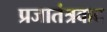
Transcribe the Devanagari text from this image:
प्रजातंत्रवाद